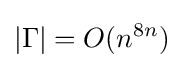
|\Gamma |=O(n^{8n})